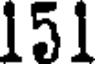
151